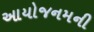
આયોજનમની